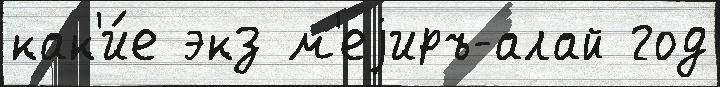
как'и́е экз м'еjиръ-алай год